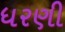
ધરણી